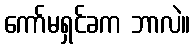
ကော်မရှင်ခက ဘာလဲ။